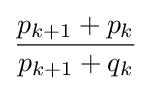
{\frac {p_{k+1}+p_{k}}{p_{k+1}+q_{k}}}